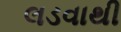
લડવાથી